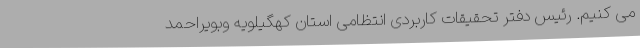
می کنیم. رئیس دفتر تحقیقات کاربردی انتظامی استان کهگیلویه وبویراحمد